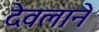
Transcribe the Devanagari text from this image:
देवलाने